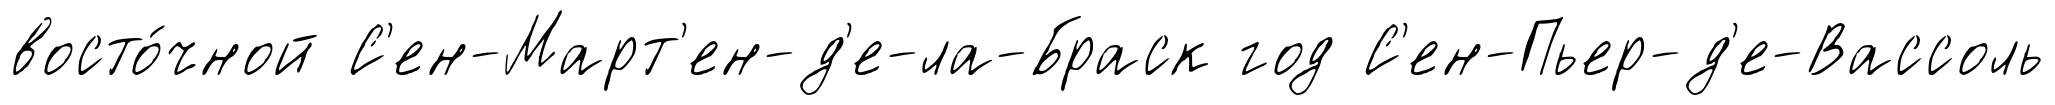
восто́чной С'ен-Март'ен-д'е-ла-Браск год С'ен-Пьер-д'е-Вассоль